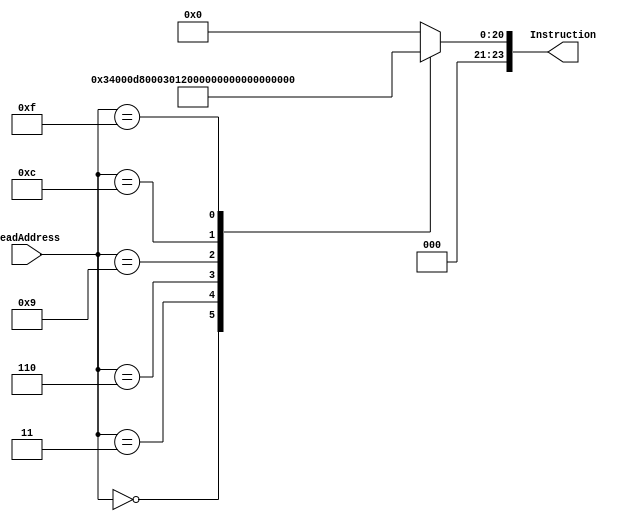
`define PROGRAM_1 // <<<<<<<<<<<< CHANGE TEST PROGRAM HERE!	 

module InsMem(ReadAddress, Instruction);  
input [23:0] ReadAddress;						   
output [23:0] Instruction;
reg [23:0] Instruction;						
always @(ReadAddress)
begin
case(ReadAddress)
	
`ifdef PROGRAM_1						 
	0:  Instruction = 24'b00_01101_00000000000000110;	//main:JAL  loadInt	
	3:  Instruction = 24'b00_01100_00000000000000011;	//end:J end
	6:  Instruction = 24'b00_00000_0_001_001_000_0000000;//loadInt:AND R1,R1,R0	
	9:  Instruction = 24'b00_01110_00000000000010010;//LUI R1, 0x12	
	12:  Instruction = 24'b00_01000_0_001_001_0000000011;// ADDI R1, R1, 0x003
	15:  Instruction = 24'b00_00110_0_000_111_000_0000000;// JR		
	
`else
//-----------------------------------------------------
`ifdef PROGRAM_2 	
	0:  Instruction = 24'b00_01101_00000000000000110;	//JAL storeString	
	3:  Instruction = 24'b00_01101_00000000001111000;	//JAL strlen
	6:  Instruction = 24'b00_00000_0_001_001_000_0000000;//storeString: AND R1,R1,R0	
	9:  Instruction = 24'b00_01000_0_001_001_0001101000;//ADDI R1,R1,#68	
	12:  Instruction = 24'b00_01010_0_001_000_0000000000;// SW R1,0(R0)
	15:  Instruction = 24'b00_00000_0_001_001_000_0000000;// AND R1,R1,R0	
	18:  Instruction = 24'b00_01000_0_001_001_0001100101;//ADDI R1,R1,#65	
	21:  Instruction = 24'b00_01010_0_001_000_0000000001;//SW R1,1(R0)						
	27:  Instruction = 24'b00_00000_0_001_001_000_0000000;//AND R1,R1,R0	
	30:  Instruction = 24'b00_01000_0_001_001_0001101100;//ADDI R1,R1,#6C
	33: Instruction = 24'b00_01010_0_001_000_0000000010;//SW R1,2(R0)	
	36: Instruction = 24'b00_00000_0_001_001_000_0000000;//AND R1,R1,R0	
	39: Instruction = 24'b00_01000_0_001_001_0001101100;//ADDI R1,R1,#6C	
	42: Instruction = 24'b00_01010_0_001_000_0000000011;// SW R1,3(R0)	
	45: Instruction = 24'b00_00000_0_001_001_000_0000000;//AND R1,R1,R0	
	48: Instruction = 24'b00_01000_0_001_001_0001101111;//ADDI R1,R1,#6F		
	51: Instruction = 24'b00_01010_0_001_000_0000000100;//SW R1,4(R0)	
	54: Instruction = 24'b00_00000_0_001_001_000_0000000;//AND R1,R1,R0	
	57: Instruction = 24'b00_01000_0_001_001_0000100000;//ADDI R1,R1,#20
	60: Instruction = 24'b00_01010_0_001_000_0000000101;//SW R1,5(R0)	
	63: Instruction = 24'b00_00000_0_001_001_000_0000000;//AND R1,R1,R0		
	66: Instruction = 24'b00_01000_0_001_001_0001110111;//ADDI R1,R1,#77	
	69: Instruction = 24'b00_01010_0_001_000_0000000110;//SW R1,6(R0)	
	72: Instruction = 24'b00_00000_0_001_001_000_0000000;//AND R1,R1,R0	
	75: Instruction = 24'b00_01000_0_001_001_0001101111;//ADDI R1,R1,#6F	
	78: Instruction = 24'b00_01010_0_001_000_0000000111;// SW R1,7(R0)	
	81: Instruction = 24'b00_00000_0_001_001_000_0000000;//AND R1,R1,R0
	84: Instruction = 24'b00_01000_0_001_001_0001110010;// ADDI R1,R1,#72	
	87: Instruction = 24'b00_01010_0_001_000_0000001000;//SW R1,8(R0)	
	90: Instruction = 24'b00_00000_0_001_001_000_0000000;//AND R1,R1,R0	
	93: Instruction = 24'b00_01000_0_001_001_0001101100;//ADDI R1,R1,#6C		
	96: Instruction = 24'b00_01010_0_001_000_0000001001;//SW R1,9(R0)	
	99: Instruction = 24'b00_00000_0_001_001_000_0000000;//AND R1,R1,R0	
	102: Instruction = 24'b00_01000_0_001_001_0001100100;//ADDI R1,R1,#64		
	105: Instruction = 24'b00_01010_0_001_000_0000001010;//SW R1,A(R0)	
	108: Instruction = 24'b00_00000_0_001_001_000_0000000;//AND R1,R1,R0		
	111: Instruction = 24'b00_01000_0_001_001_0000000000;//ADDI R1,R1,#0		
	114: Instruction = 24'b00_01010_0_001_000_0000001011;//SW R1,B(R0)		
	117: Instruction = 24'b00_00110_0_000_111_000_0000000;//JR	
	120: Instruction = 24'b00_00000_0_001_001_000_0000000 ;//strlen:AND R1,R1,R0	
	123: Instruction = 24'b00_00000_0_011_011_000_0000000;//AND R3,R3,R0	
	126: Instruction = 24'b00_01001_0_010_001_0000000000;//loop: LW R2,0(R1)	
	129: Instruction = 24'b00_01111_1_000_010_000_0000000;//SUBSF R0,R2,R0		
	132: Instruction = 24'b01_01011_0_010_000_0000001001;//BEQ R2,R0,end		
	135: Instruction = 24'b00_01000_0_011_011_0000000001;//ADDI R3,R3,#1		
	138: Instruction = 24'b00_01000_0_001_001_0000000001;//ADDI R1,R1,#1
	141: Instruction = 24'b00_01100_00000000001111110;//J loop	
	144: Instruction = 24'b00_00110_0_000_111_000_0000000;//end:  JR		
`endif																	 
`endif
	default: Instruction = 0; //NOOP
endcase
end
endmodule